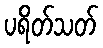
ပရိတ်သတ်